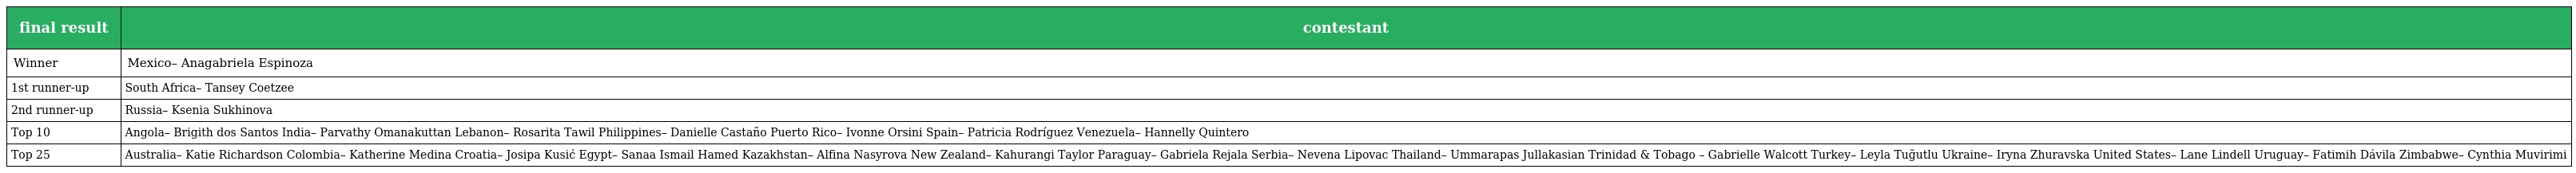
| final result | contestant |
 | --- | --- |
 | Winner | Mexico– Anagabriela Espinoza |
 | 1st runner-up | South Africa– Tansey Coetzee |
 | 2nd runner-up | Russia– Ksenia Sukhinova |
 | Top 10 | Angola– Brigith dos Santos India– Parvathy Omanakuttan Lebanon– Rosarita Tawil Philippines– Danielle Castaño Puerto Rico– Ivonne Orsini Spain– Patricia Rodríguez Venezuela– Hannelly Quintero |
 | Top 25 | Australia– Katie Richardson Colombia– Katherine Medina Croatia– Josipa Kusić Egypt– Sanaa Ismail Hamed Kazakhstan– Alfina Nasyrova New Zealand– Kahurangi Taylor Paraguay– Gabriela Rejala Serbia– Nevena Lipovac Thailand– Ummarapas Jullakasian Trinidad & Tobago – Gabrielle Walcott Turkey– Leyla Tuğutlu Ukraine– Iryna Zhuravska United States– Lane Lindell Uruguay– Fatimih Dávila Zimbabwe– Cynthia Muvirimi |